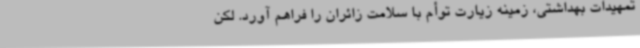
تمهیدات بهداشتی، زمینه زیارت توأم با سلامت زائران را فراهم آورد. لکن